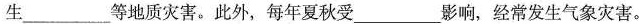
生___等地质灾害。此外，每年夏秋受___影响，经常发生气象灾害。